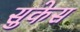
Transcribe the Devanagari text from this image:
सुकेस